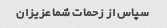
سپاس از زحمات شما عزیزان